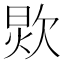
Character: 𰙏